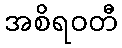
အစိရဝတီ